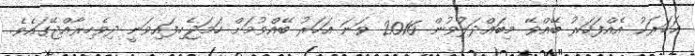
އަހަރަކު އެއްފަހަރު ބޭއްވޭ މިބައްދަލުވުން 2016 ވަނަ އަހަރު ބޭއްވުމަށް ހަމަޖެހިފައިވަނީ ދިވެހިރާއްޖޭގައެވެ.